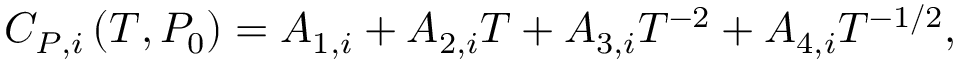
C _ { P , i } \left( T , P _ { 0 } \right) = A _ { 1 , i } + A _ { 2 , i } T + A _ { 3 , i } T ^ { - 2 } + A _ { 4 , i } T ^ { - 1 / 2 } ,